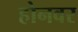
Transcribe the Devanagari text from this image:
होनवर